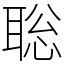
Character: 聡